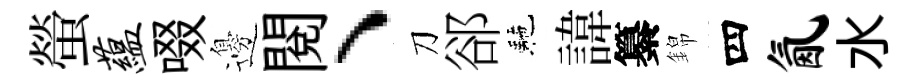
螢蕴啜邊閲、刀郤駰諱纂錦四氤水